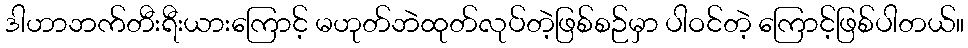
ဒါဟာဘက်တီးရီးယားကြောင့် မဟုတ်ဘဲထုတ်လုပ်တဲ့ဖြစ်စဉ်မှာ ပါဝင်တဲ့ ကြောင့်ဖြစ်ပါတယ်။